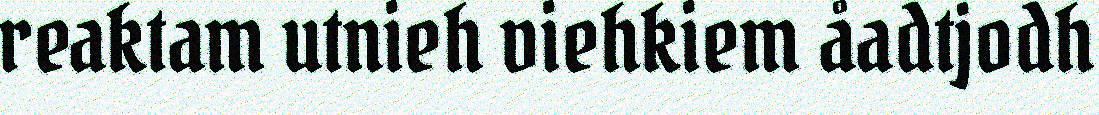
reaktam utnieh viehkiem åadtjodh